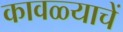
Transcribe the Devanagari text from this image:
कावळ्याचें